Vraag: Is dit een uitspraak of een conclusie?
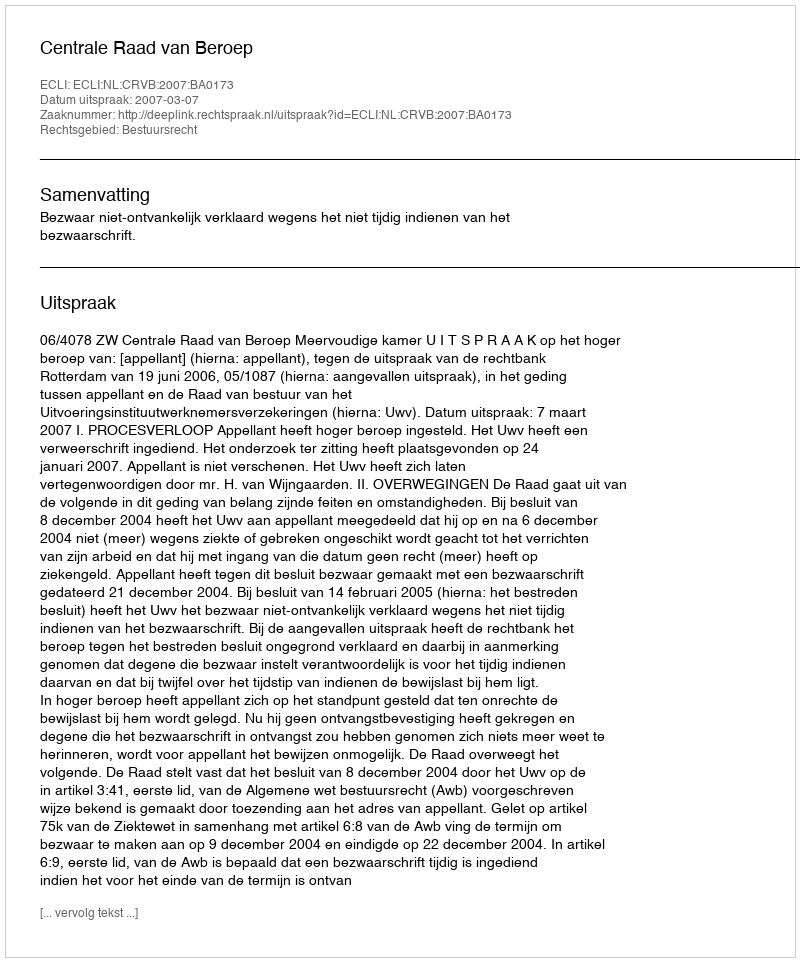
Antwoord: Uitspraak